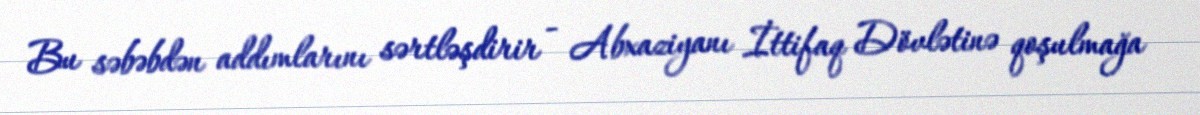
Bu səbəbdən addımlarını sərtləşdirir - Abxaziyanı İttifaq Dövlətinə qoşulmağa